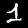
Label: 1